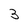
Character: 3